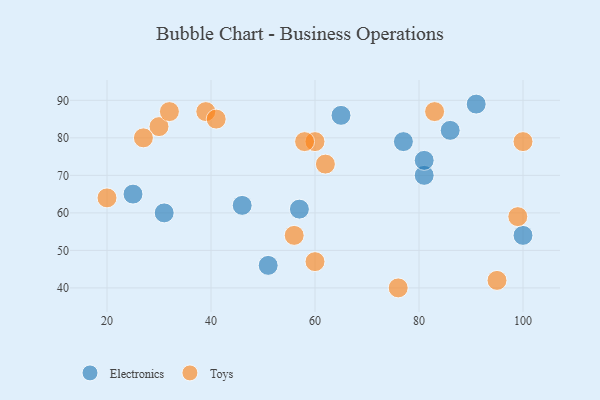
{"axis": {"x": "GDP", "y": "Life Expectancy"}, "legend": ["Electronics", "Toys"], "data": [{"x": "31", "y": 60, "type": "Electronics"}, {"x": "81", "y": 70, "type": "Electronics"}, {"x": "91", "y": 89, "type": "Electronics"}, {"x": "65", "y": 86, "type": "Electronics"}, {"x": "100", "y": 54, "type": "Electronics"}, {"x": "51", "y": 46, "type": "Electronics"}, {"x": "81", "y": 74, "type": "Electronics"}, {"x": "77", "y": 79, "type": "Electronics"}, {"x": "86", "y": 82, "type": "Electronics"}, {"x": "57", "y": 61, "type": "Electronics"}, {"x": "25", "y": 65, "type": "Electronics"}, {"x": "46", "y": 62, "type": "Electronics"}, {"x": "100", "y": 79, "type": "Toys"}, {"x": "62", "y": 73, "type": "Toys"}, {"x": "83", "y": 87, "type": "Toys"}, {"x": "30", "y": 83, "type": "Toys"}, {"x": "20", "y": 64, "type": "Toys"}, {"x": "60", "y": 47, "type": "Toys"}, {"x": "32", "y": 87, "type": "Toys"}, {"x": "60", "y": 79, "type": "Toys"}, {"x": "39", "y": 87, "type": "Toys"}, {"x": "58", "y": 79, "type": "Toys"}, {"x": "76", "y": 40, "type": "Toys"}, {"x": "41", "y": 85, "type": "Toys"}, {"x": "56", "y": 54, "type": "Toys"}, {"x": "95", "y": 42, "type": "Toys"}, {"x": "27", "y": 80, "type": "Toys"}, {"x": "99", "y": 59, "type": "Toys"}]}